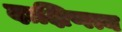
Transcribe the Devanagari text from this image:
दाक्षिणत्य